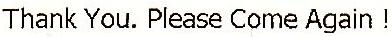
THANK YOU. PLEASE COME AGAIN !